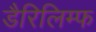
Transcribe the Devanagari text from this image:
डैरिलिम्फ